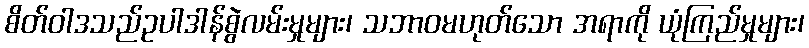
စိတ်ဝါဒသည်ဥပါဒါန်စွဲလမ်းမှုများ၊ သဘာဝမဟုတ်သော အရာကို ယုံကြည်မှုများ၊